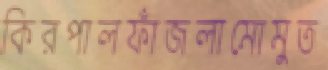
কিরপালফাঁজলামোমুত